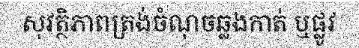
សុវត្ថិភាពត្រង់ចំណុចឆ្លងកាត់ ឬផ្លូវ